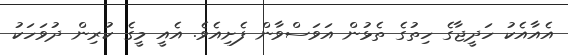
އެއާއެކު ހަދީޖާގެ ހިތުގެ ތެޅުން އަވަސްވާން ފެށިއެވެ. އެއީ މީގެ ކުރިން ދުވަހަކު